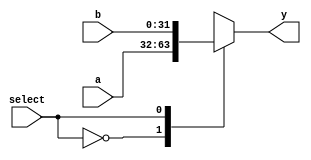
module mux_2x1 (
	input select,
  	input[31:0] a,
  	input[31:0] b,
	output reg [31:0] y
);
  
  	initial begin
		y = 0;
    end
	
	always@(select,a,b) begin
		case(select)
          1'b0: begin y = a; end
          1'b1: begin y = b; end
		  default: begin y = a;	end			// This must be added
//          1'b0: begin $display ("MUX %m, case: select=0"); y = a; end
//          1'b1: begin $display ("MUX %m, case: select=1"); y = b; end
//           default: begin $display ("MUX %m, default case");	y = a; end
		endcase
	end
endmodule

module mux_3x1 (
  	input [1:0] select,
  	input[31:0] a, 
  	input[31:0] b, 
  	input[31:0] c,
	output reg [31:0] y
);
  
  	initial begin
		y = 0;
    end
	
  	always@(select,a,b,c) begin
		case(select)
          2'b00: begin y = a; end
          2'b01: begin y = b; end
          2'b10: begin y = c; end
          default: begin y = a;	end
            2'b00: begin $display ("MUX case: select=00, %0d", a); y = a; end
//             2'b01: begin $display ("MUX case: select=01, %0d", b); y = b; end
//             2'b10: begin $display ("MUX case: select=10, %0d", c); y = c; end
// 			default: begin $display ("MUX default case: %0d", a); y = a;	end
		endcase
	end
endmodule